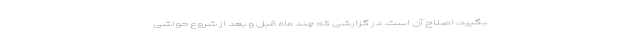
بگیرد، اصلاح آن است. در گزارشی که چند ماه قبل و بعد از شروع حواشی